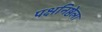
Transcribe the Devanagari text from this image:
पक्षनिष्ठेला